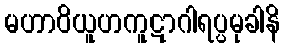
မဟာဝိယူဟကူဋာဂါရပ္ပမုခါနိ